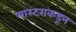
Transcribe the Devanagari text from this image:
मास्टराकडून